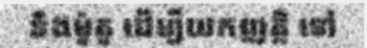
និងម៉ូតូ ដើម្បីយកញត្តិ ទៅ